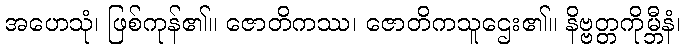
အဟေသုံ၊ ဖြစ်ကုန်၏။ ဇောတိကဿ၊ ဇောတိကသူဌေး၏။ နိဗ္ဗတ္တကိုမ္ဘီနံ၊